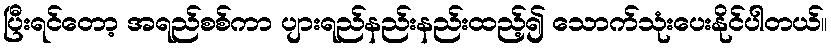
ပြီးရင်တော့ အရည်စစ်ကာ ပျားရည်နည်းနည်းထည့်၍ သောက်သုံးပေးနိုင်ပါတယ်။